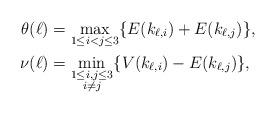
LaTeX: \begin{align*}\theta(\ell) & = \max_{1\leq i<j \leq 3} \{E(k_{\ell,i}) + E(k_{\ell,j})\},\\\nu(\ell) & = \min_{\substack{ 1\leq i,j \leq 3 \\ i\neq j}} \{V(k_{\ell,i}) - E(k_{\ell,j})\},\end{align*}